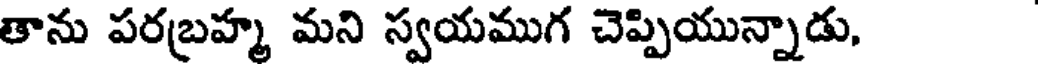
తాను పరబ్రహ్మ మని స్వయముగ చెప్పియున్నాడు,